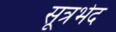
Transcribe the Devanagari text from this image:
सूत्रभेद